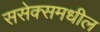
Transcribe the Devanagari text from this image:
ससेक्समधील